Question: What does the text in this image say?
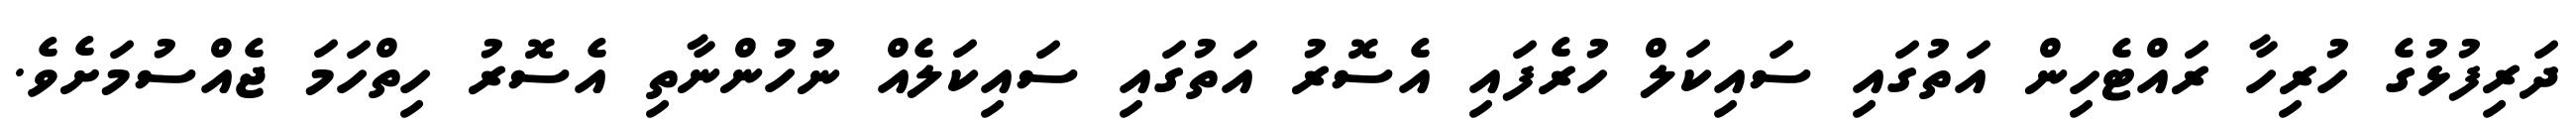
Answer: ދަރިފުޅުގެ ހުރިހާ ރައްޓެހިން އަތުގައި ސައިކަލް ހުރެފައި އެސޮރު އަތުގައި ސައިކަލެއް ނުހުންނާތި އެސޮރު ހިތްހަމަ ޖެއްސުމަށެވެ.